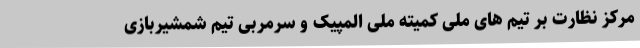
مرکز نظارت بر تیم های ملی کمیته ملی المپیک و سرمربی تیم شمشیربازی